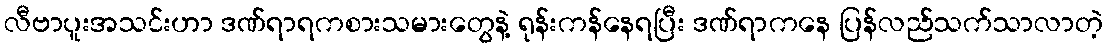
လီဗာပူးအသင်းဟာ ဒဏ်ရာရကစားသမားတွေနဲ့ ရုန်းကန်နေရပြီး ဒဏ်ရာကနေ ပြန်လည်သက်သာလာတဲ့